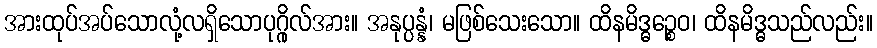
အားထုပ်အပ်သောလုံ့လရှိသောပုဂ္ဂိုလ်အား။ အနုပ္ပန္နံ၊ မဖြစ်သေးသော။ ထိနမိဒ္ဓဉ္စေဝ၊ ထိနမိဒ္ဓသည်လည်း။